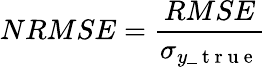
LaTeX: NRMSE=\frac{RMSE}{\sigma_{y\_ \mathrm{~t~r~u~e~}}}